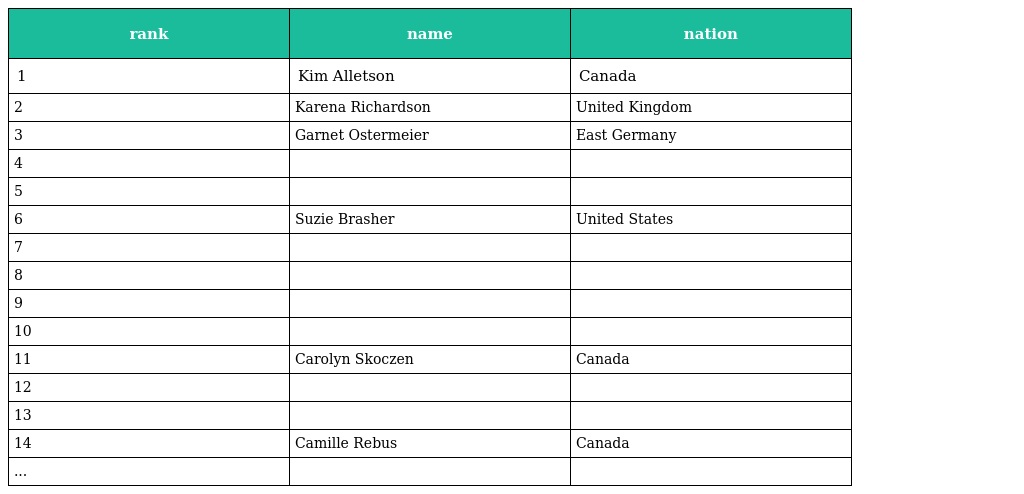
| rank | name | nation |
 | --- | --- | --- |
 | 1 | Kim Alletson | Canada |
 | 2 | Karena Richardson | United Kingdom |
 | 3 | Garnet Ostermeier | East Germany |
 | 4 |  |  |
 | 5 |  |  |
 | 6 | Suzie Brasher | United States |
 | 7 |  |  |
 | 8 |  |  |
 | 9 |  |  |
 | 10 |  |  |
 | 11 | Carolyn Skoczen | Canada |
 | 12 |  |  |
 | 13 |  |  |
 | 14 | Camille Rebus | Canada |
 | ... |  |  |